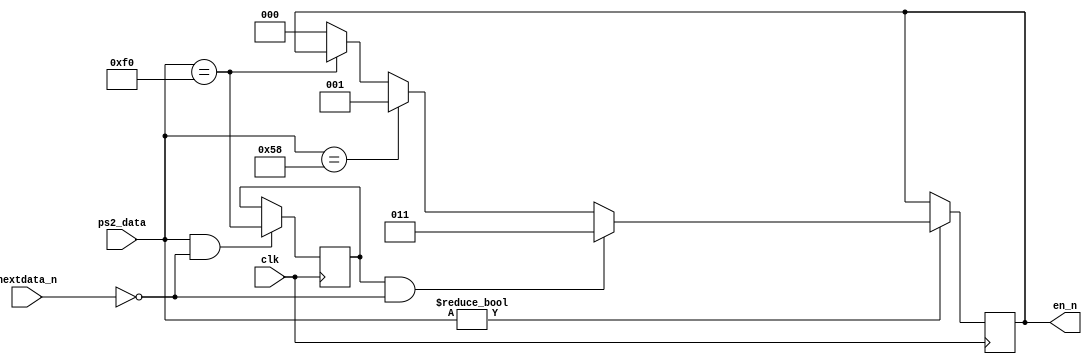
module digi_control # (
	parameter CAPS_CODE = 'h58,
	parameter BREAK_CODE = 'hf0
)(
	input clk,
	input [7:0] ps2_data,
	input nextdata_n,
	output reg [2:0] en_n
);
	reg break_mode;
	initial begin
		break_mode = 0; en_n = 3'b111;
	end
	always @ (posedge clk) begin
		if (ps2_data) begin
			if (break_mode && !nextdata_n)
				en_n <= 3'b011;
			else if (ps2_data == CAPS_CODE)
				en_n <= 3'b001;
			else if (ps2_data == BREAK_CODE) 
				en_n <= en_n;
			else  en_n <= 0;
		end else en_n <= en_n;
		
		if (ps2_data && !nextdata_n)
			break_mode <= (ps2_data == BREAK_CODE);
		else break_mode <= break_mode;
	end

endmodule